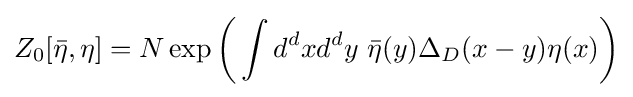
Z_{0}[{\bar {\eta }},\eta ]=N\exp {\bigg (}\int d^{d}xd^{d}y\ {\bar {\eta }}(y)\Delta _{D}(x-y)\eta (x){\bigg )}